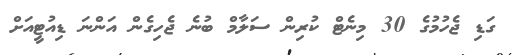
ގަޑި ޖެހުމުގެ 30 މިނެޓް ކުރިން ސަލާމް ބުނެ ޖެހިގެން އަންނަ ޑިއުޓީއަށް